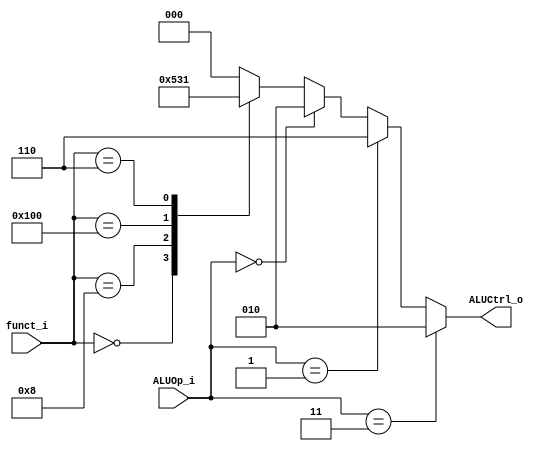
module ALU_Control(
    funct_i    ,
    ALUOp_i    ,
    ALUCtrl_o  
);

input [9:0] funct_i;
input [1:0] ALUOp_i;
output reg [2:0] ALUCtrl_o;


always @(funct_i or ALUOp_i) begin
	if (ALUOp_i == 2'b11) begin //addi
		ALUCtrl_o = 3'b010;
	end
	else if (ALUOp_i == 2'b01) begin
		ALUCtrl_o = 3'b110; //sub
	end
	else if (ALUOp_i == 2'b00) begin
		ALUCtrl_o = 3'b010; //add
	end
	else begin //10 R
		case (funct_i)
			10'b0000000000: ALUCtrl_o <= 3'b010; //add
			10'b0000001000: ALUCtrl_o <= 3'b100; //mul
			10'b0100000000: ALUCtrl_o <= 3'b110; //sub
			10'b0000000111: ALUCtrl_o <= 3'b000; //and
			10'b0000000110: ALUCtrl_o <= 3'b001; //or
			default:ALUCtrl_o <= 3'b000;
		endcase
	end
end
endmodule